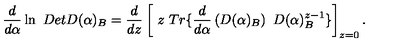
\frac d { d \alpha } \ln \ D e t D ( \alpha ) _ { B } = \frac d { d z } \left[ \ z \ T r \{ \frac d { d \alpha } \left( D ( \alpha ) _ { B } \right) \ D ( \alpha ) _ { B } ^ { z - 1 } \} \right] _ { z = 0 } .